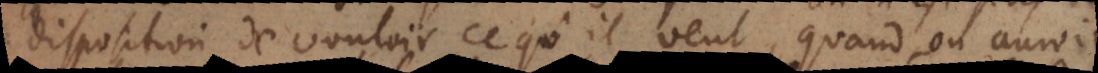
disposition de vouloir ce qu’il veut, quand on auroit